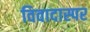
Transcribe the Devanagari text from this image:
विवादास्पर